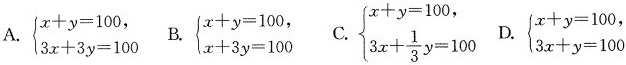
A.$$\begin{cases}